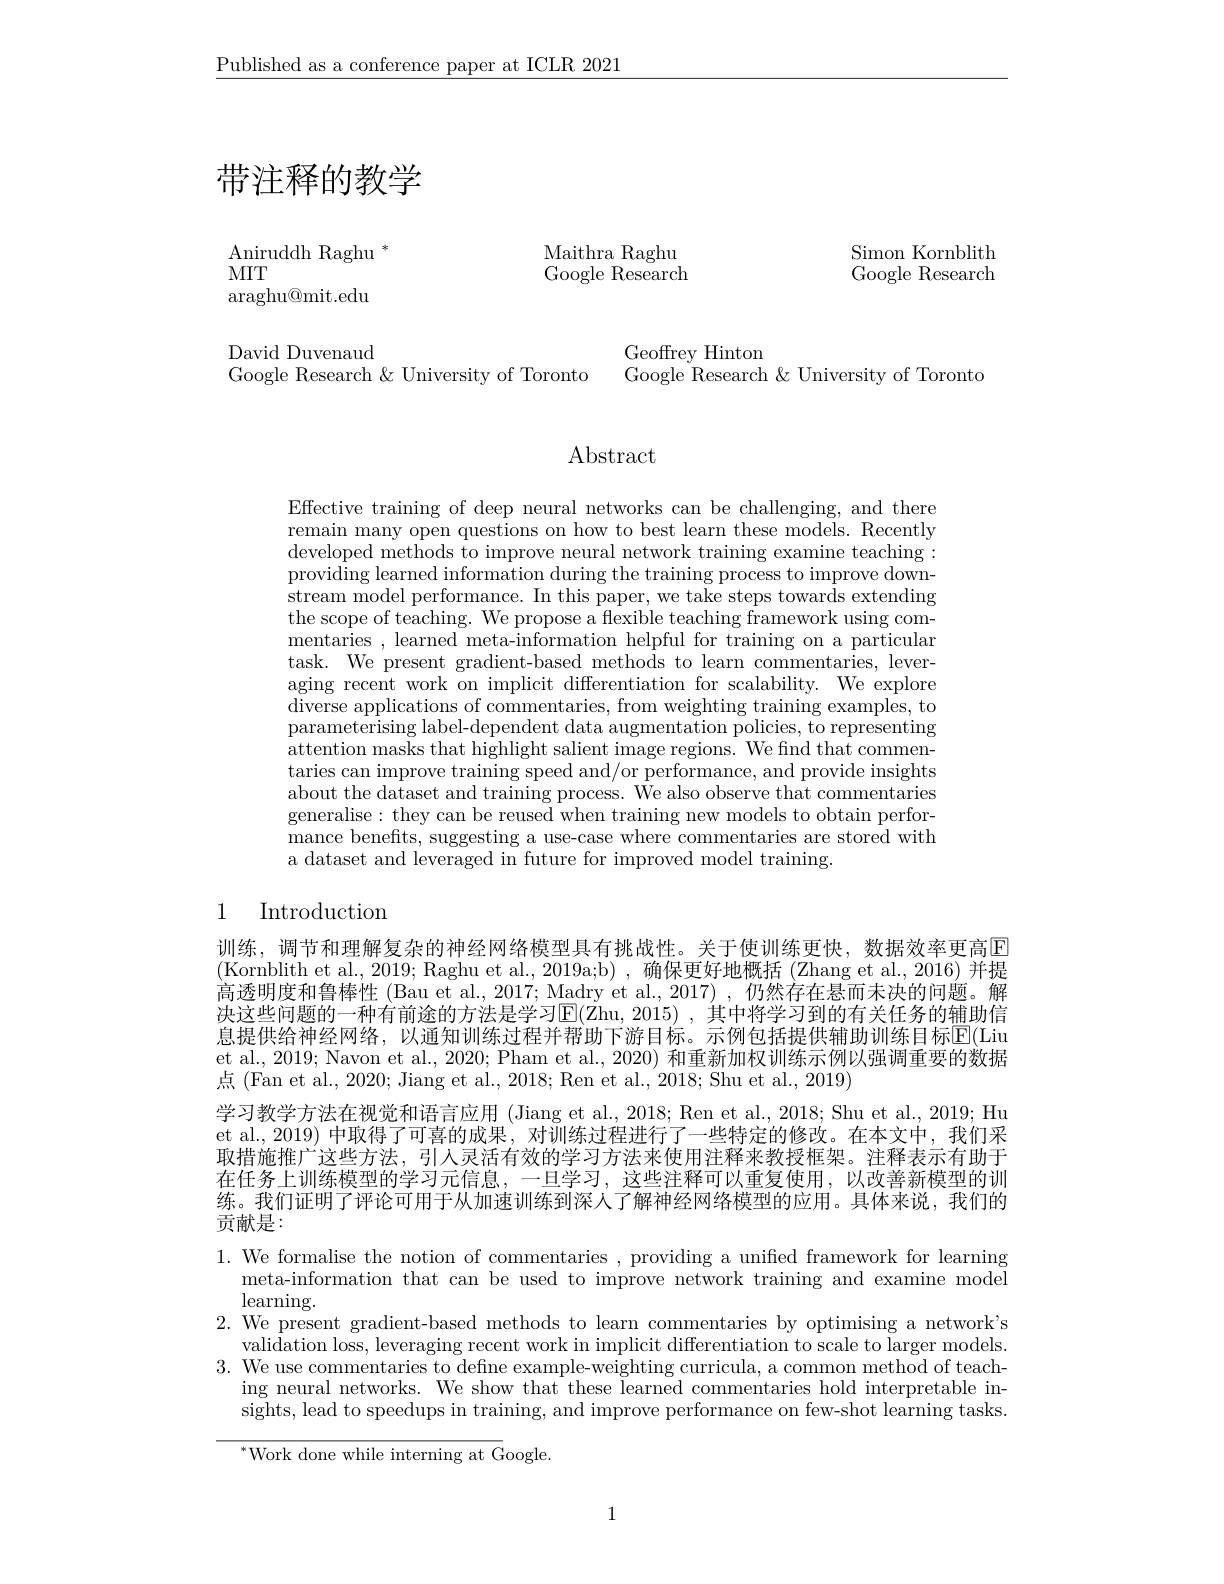
$\underline{\text{Published as a conference paper at ICLR 2021}}$

# 带注释的教学

$\mathop{\mathrm{Maithra~Raghu}}$ Google Research

Simon Kornblith Google Research

$\mathop{\mathrm{Aniruddh~Raghu~}}^{*}$
MIT
araghu@mit.edu

David Duvenaud
Google Research & University of Toronto

Geoffrey Hinton
Google Research & University of Toronto

$\operatorname{Abstract}$

Effective training of deep neural networks can be challenging, and there remain many open questions on how to best learn these models. Recently developed methods to improve neural network training examine teaching : providing learned information during the training process to improve downstream model performance. In this paper, we take steps towards extending the scope of teaching. We propose a flexible teaching framework using commentaries , learned meta- information helpful for training on a particular task. We'present gradient-based methods to learn commentaries, lever- $\bar{\text{aging recent work on implicit differentiation for scalability. We explore}}$ diverse applications of commentaries, from weighting training examples, to parameterising label-dependent data augmentation policies, to representing attention masks that highlight salient image regions. We find that commentaries can improve training speed and/or performance, and provide insights about the dataset and training process. We also observe that commentaries generalise: they can be reused when training new models to obtain performance benefits, suggesting a use-case where commentaries are stored with a dataset and leveraged in future for improved model training.

# 1 Introduction

训练，调节和理解复杂的神经网络模型具有挑战性。关于使训练更快，数据效率更高$\color{red}{\large{E}}$ (Kornblith et al., 2019; Raghu et al., 2019a;b), 确保更好地概括 (Zhang et al., 2016) 并提高透明度和鲁棒性 (Bau et al., 2017; Madry et al., 2017) , 仍然存在悬而未决的问题。解决这些问题的一种有前途的方法是学习E(Zhu, 2015) , 其 中 将 学 习 到 的 有 关 任 务 的 辅 助 信 息提供给神经网络，以通知训练过程并帮助下游目标。示例包括提供辅助训练目标$\overline{\mathbb{E}}($Liu et al., 2019; Navon et al., 2020; Pham et al., 2020) 和重新加权训练示例以强调重要的数据点 (Fan et al., 2020; Jiang et al., 2018; Ren et al., 2018; Shu et al., 2019)
学习教学方法在视觉和语言应用(Jiang et al., 2018; Ren et al., 2018; Shu et al., 2019; Hu et al., 2019) 中取得了可喜的成果，对训练过程进行了一些特定的修改。在本文中，我们采取措施推广这些方法，引人灵活有效的学习方法来使用注释来教授框架。注释表示有助于在任务上训练模型的学习元信息，一旦学习，这些注释可以重复使用，以改善新模型的训练。我们证明了评论可用于从加速训练到深人了解神经网络模型的应用。具体来说，我们的贡献是：

1. We formalise the notion of commentaries , providing a unified framework for learning
meta-information that can be used to improve network training and examine model
$\operatorname*{learning.}_{\mathbf{v}\mathbf{v}\mathbf{v}}$
2. We present gradient-based methods to learn commentaries by optimising a network's
validation loss, leveraging recent work in implicit differentiation to scale to larger models. 3. We use commentaries to define example-weighting curricula, a common method of teach-
ing neural networks. We show that these learned commentaries hold interpretable insights, lead to speedups in training, and improve performance on few-shot learning tasks. $^{*}$Work done while interning at Google.

1